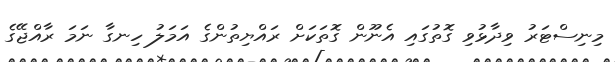
މިނިސްޓަރު ވިދާޅުވި ގޮތުގައި އެނޫން ގޮތަކަށް ރައްޔިތުންގެ އަމަލު ހިނގާ ނަމަ ރާއްޖޭގެ